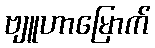
ဗျူဟာမြောက်